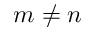
m \neq n